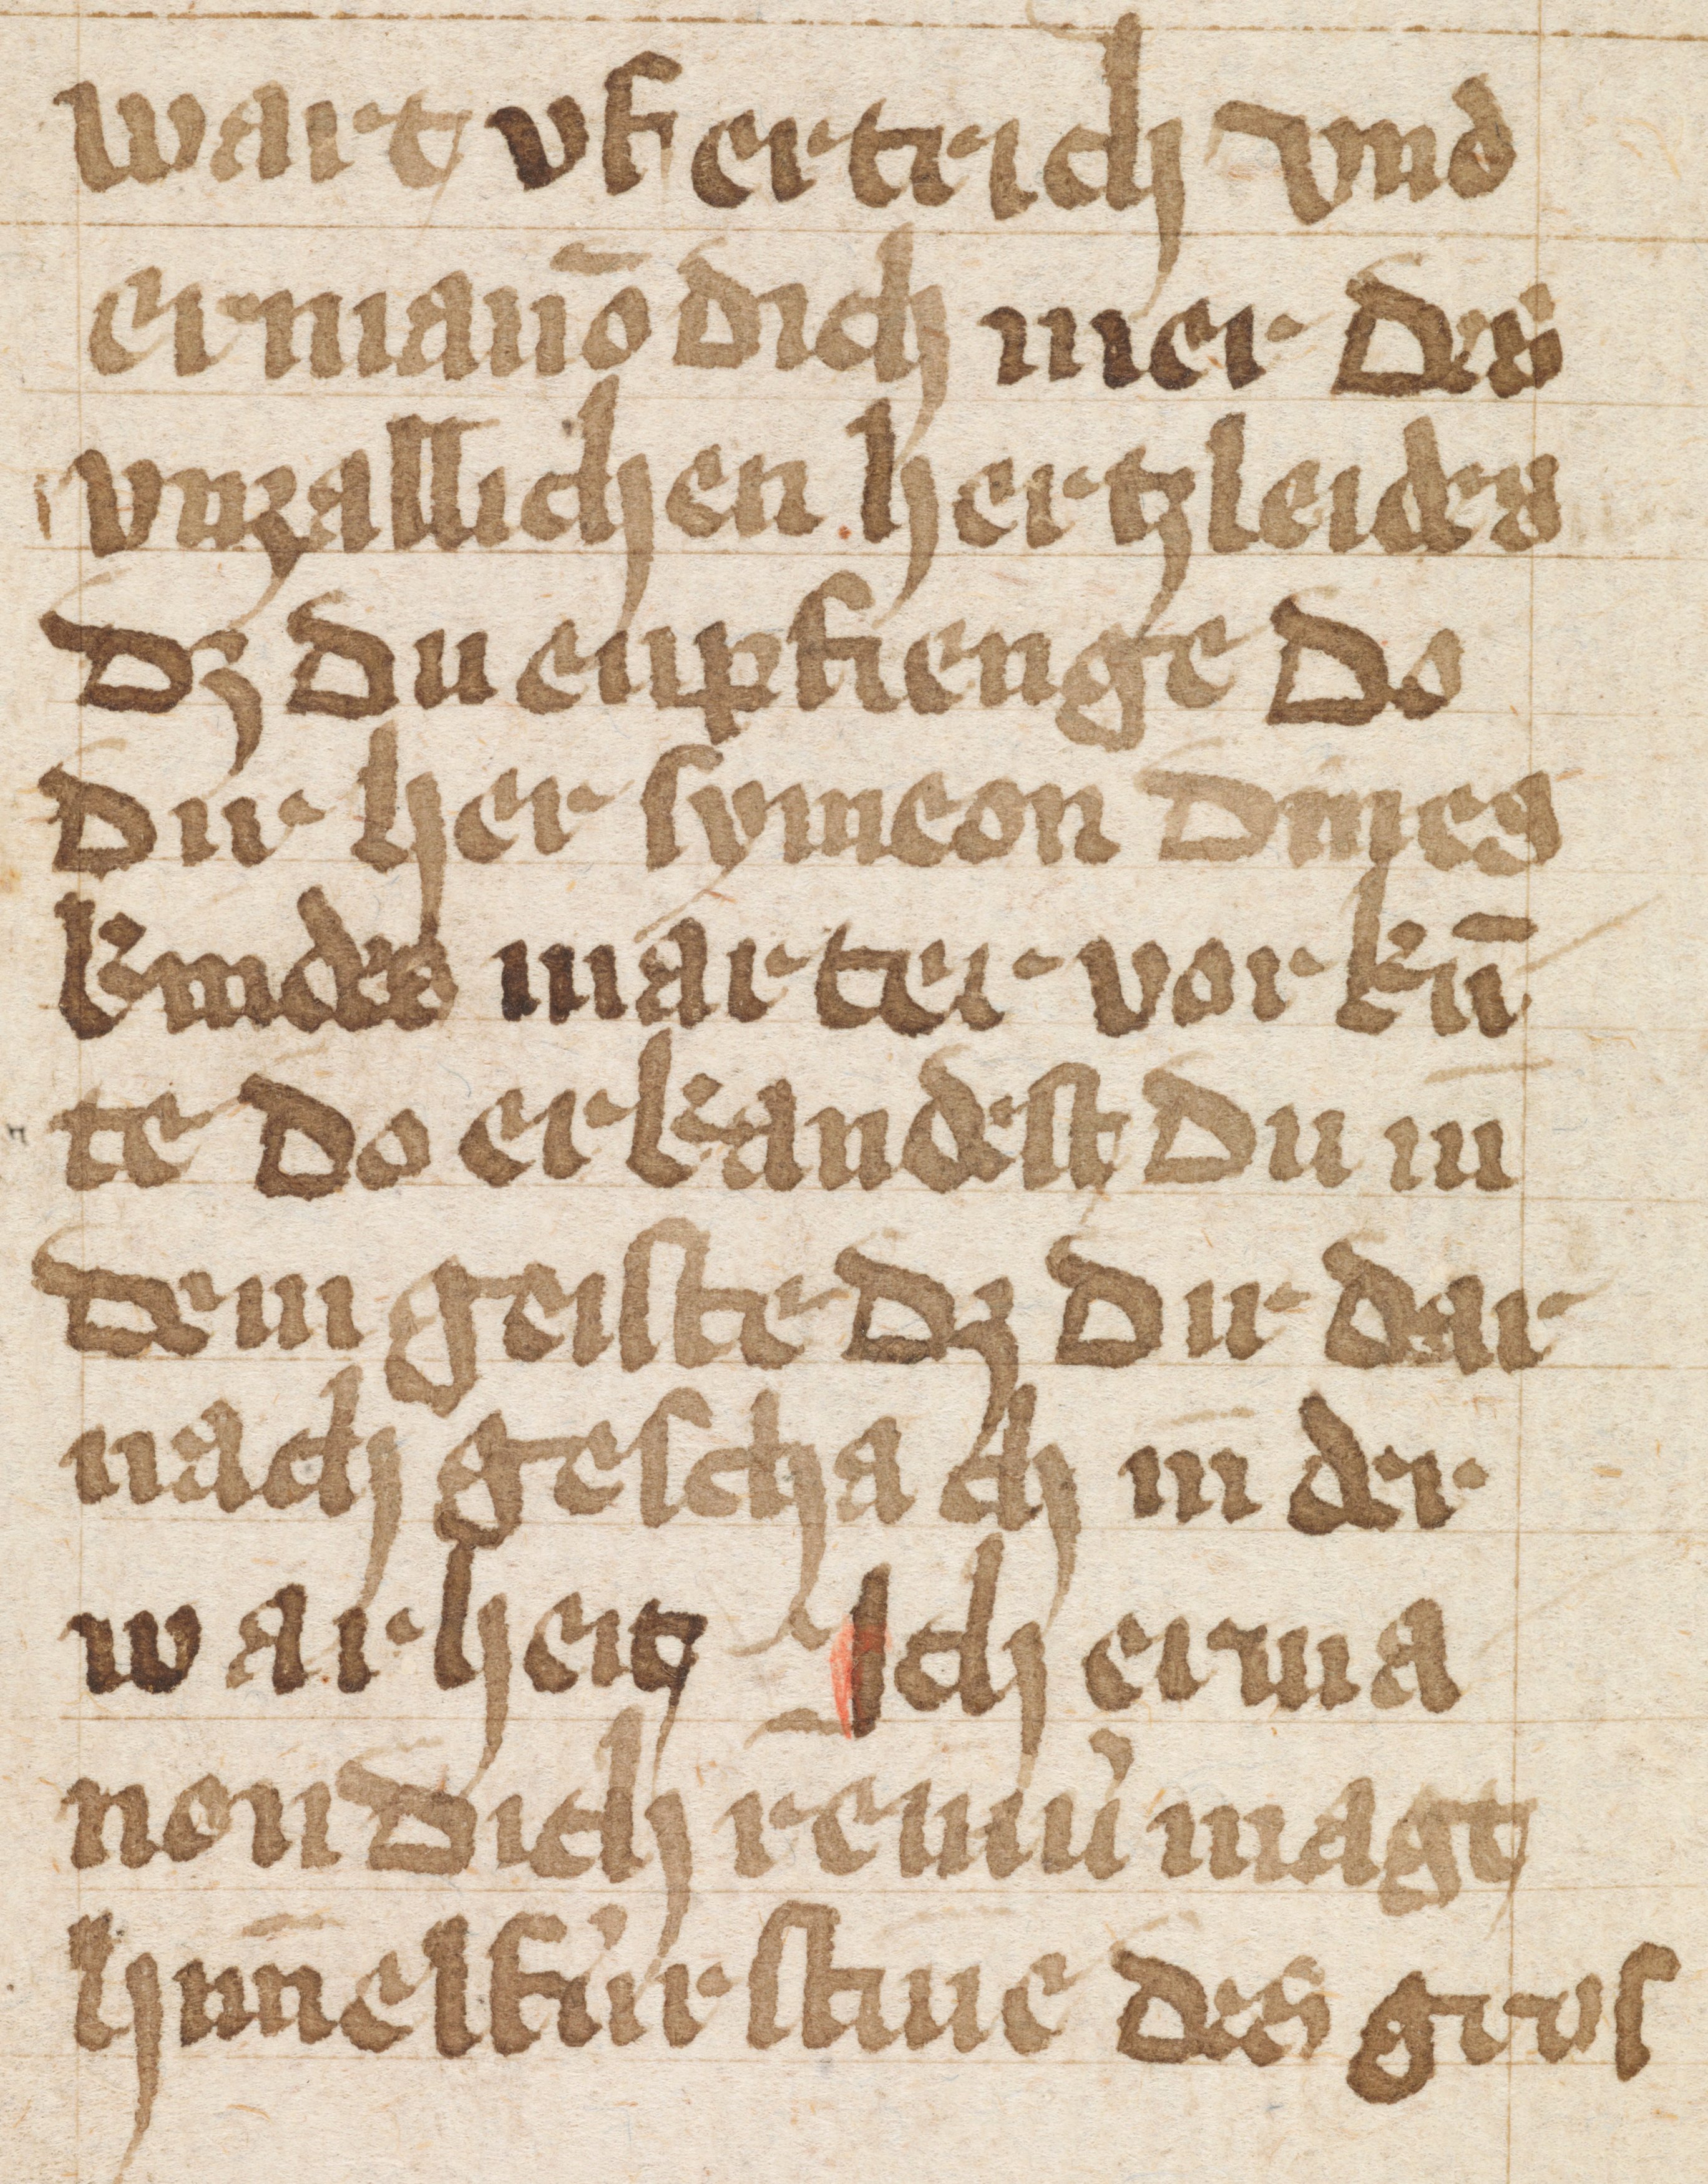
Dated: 1400–1499